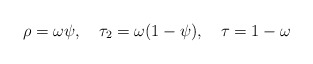
\begin{align*} \rho = \omega\psi, \quad \tau_2 = \omega(1-\psi), \quad \tau = 1-\omega\end{align*}